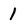
Character: 1